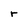
Character: r